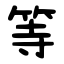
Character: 等